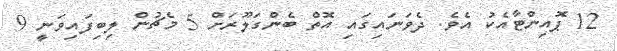
12 ޕޮއިންޓާއެކު އެވެ. ދެވަނައިގައި އޮތް ބެންގަލޫރަށް 5 މެޗުން ލިބިފައިވަނީ 9